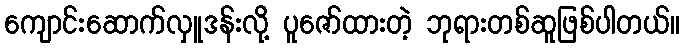
ကျောင်းဆောက်လှူဒန်းလို့ ပူဇော်ထားတဲ့ ဘုရားတစ်ဆူဖြစ်ပါတယ်။